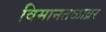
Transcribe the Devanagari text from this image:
विमानतळाव्रर